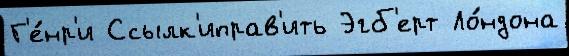
Г'е́нр'и Ссылк'иправ'ить Эгб'ерт Ло́ндона